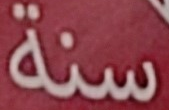
سنة